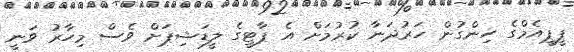
ޕީޕީއެމްގެ ހިންގުން ހަރުދަނާ ކުރުމަށް އެ ޕާޓީގެ ލީޑަޝިޕަށް ވެސް މިހާރު ވަނީ